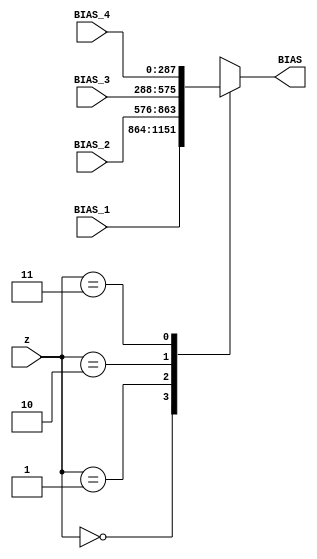
module mux_4_1_L17 #(parameter N_adder_tree=16)(BIAS_1,BIAS_2,BIAS_3,BIAS_4,BIAS,z);

input  wire	[1:0]				  z;
output reg [N_adder_tree*18-1:0] BIAS;


input wire [N_adder_tree*18-1:0] BIAS_1;
input wire [N_adder_tree*18-1:0] BIAS_2;
input wire [N_adder_tree*18-1:0] BIAS_3;
input wire [N_adder_tree*18-1:0] BIAS_4;



always@(*)
begin 
	case(z)
	  2'b00:BIAS=BIAS_1;
	  2'b01:BIAS=BIAS_2;
	  2'b10:BIAS=BIAS_3;
	  2'b11:BIAS=BIAS_4;
	endcase 
end

endmodule